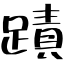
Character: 蹟